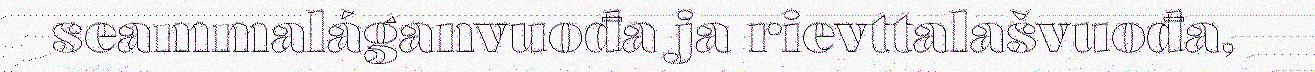
seammaláganvuođa ja rievttalašvuođa,